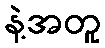
နဲ့အတူ